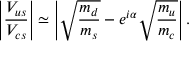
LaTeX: \left| \frac { V _ { u s } } { V _ { c s } } \right| \simeq \left| \sqrt { \frac { m _ { d } } { m _ { s } } } - e ^ { i \alpha } \sqrt { \frac { m _ { u } } { m _ { c } } } \right| .